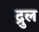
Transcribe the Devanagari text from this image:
द्रुल